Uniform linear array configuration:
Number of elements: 16
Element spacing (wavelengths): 0.75
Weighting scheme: kaiser
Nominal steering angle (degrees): -30
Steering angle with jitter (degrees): -28.89
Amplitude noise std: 0.05
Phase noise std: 0.05

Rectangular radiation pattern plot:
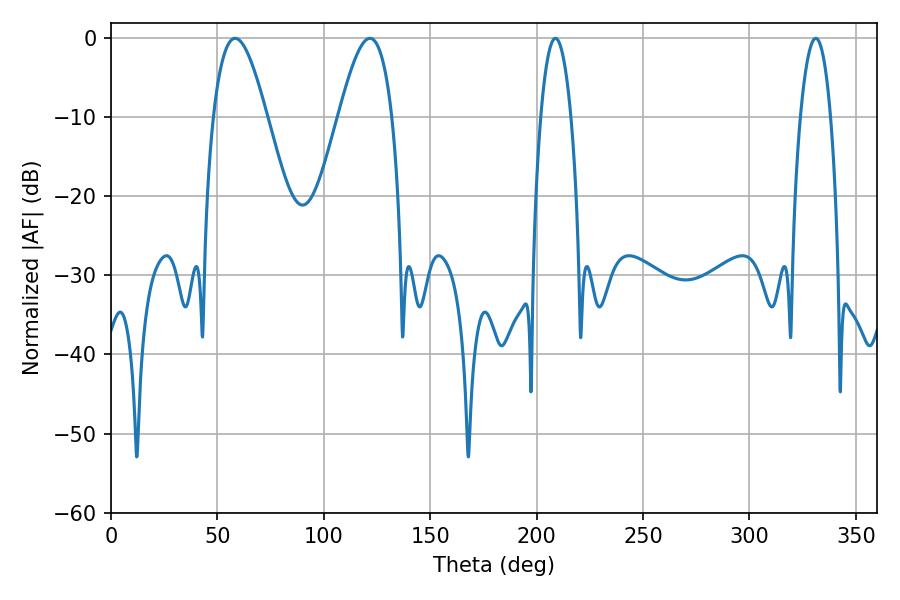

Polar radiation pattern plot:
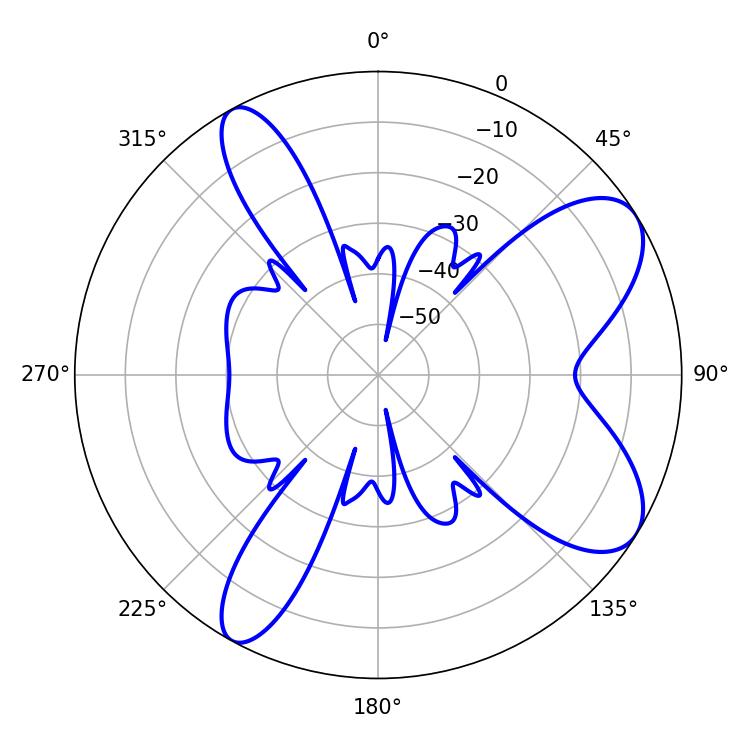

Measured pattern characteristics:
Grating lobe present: TRUE
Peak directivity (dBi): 8.181
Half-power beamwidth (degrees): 13.68
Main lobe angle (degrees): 58.32